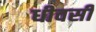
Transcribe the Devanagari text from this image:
धीवसी